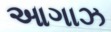
આગાઝ